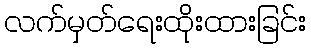
လက်မှတ်ရေးထိုးထားခြင်း